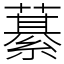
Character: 藄